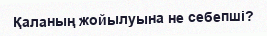
Қаланың жойылуына не себепші?